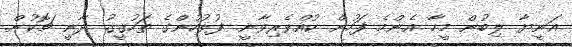
އަނީޔާ ލިބުން މީހާ އެންމެ ފަހުން ކުއްވެރިވާނީ. ފުލުހުންގެ ތަހުޤީގު ދާނީ ޗޮކުން.